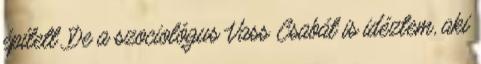
épített. De a szociológus Vass Csabát is idéztem, aki